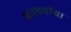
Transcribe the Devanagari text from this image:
वनपर्वाचा